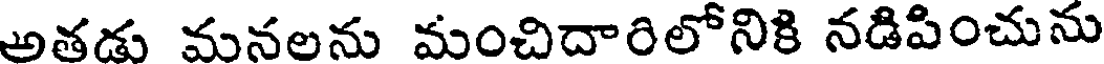
అతడు మనలను మంచిదారిలోనికి నడిపించును